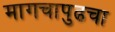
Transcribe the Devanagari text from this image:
मागचापुढचा